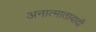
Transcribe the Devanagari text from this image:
अनात्मातावादी